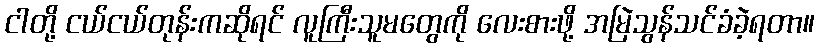
ငါတို့ ငယ်ငယ်တုန်းကဆိုရင် လူကြီးသူမတွေကို လေးစားဖို့ အမြဲသွန်သင်ခံခဲ့ရတာ။